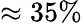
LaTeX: \approx 35\%